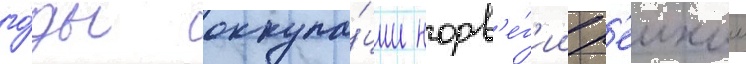
го́ды оккупа́ции норв'е́г'ии р'еихом